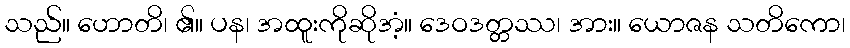
သည်။ ဟောတိ၊ ၏။ ပန၊ အထူးကိုဆိုအံ့။ ဒေဝဒတ္တဿ၊ အား။ ယောဇန သတိကော၊